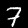
Label: 7